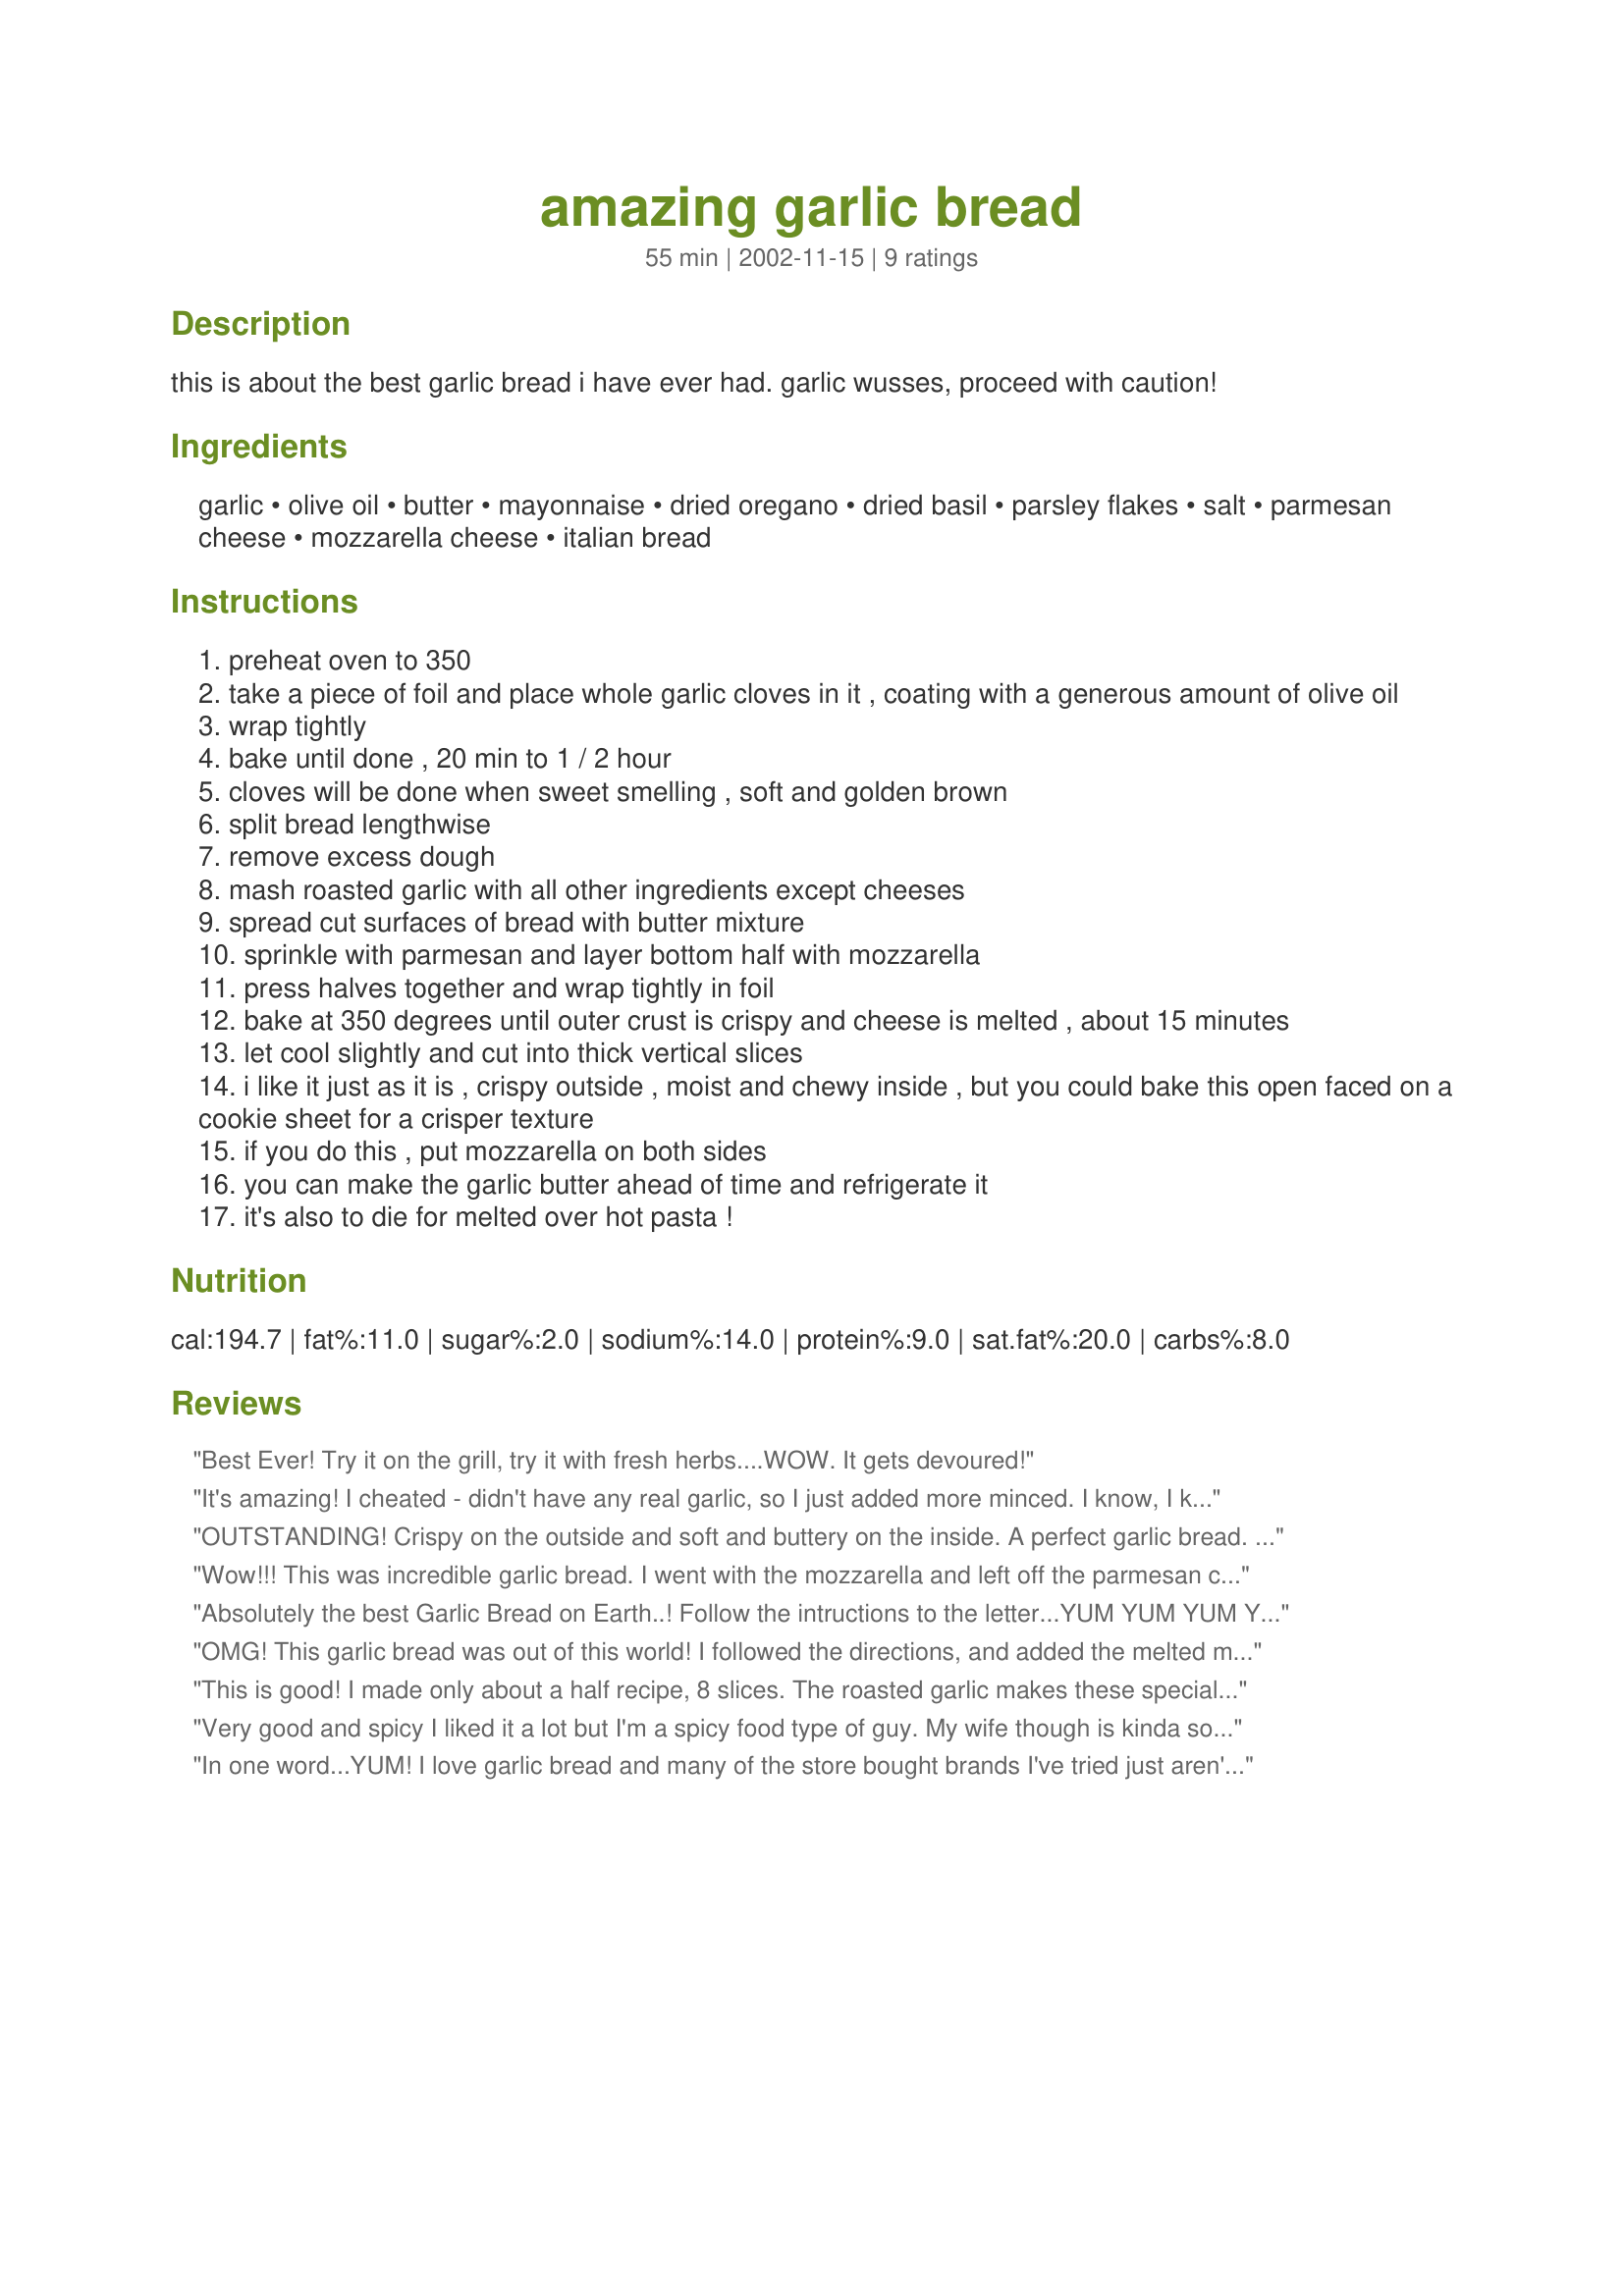
amazing garlic bread
Preparation time: 55 minutes

this is about the best garlic bread i have ever had. garlic wusses, proceed with caution!

Ingredients:
garlic, olive oil, butter, mayonnaise, dried oregano, dried basil, parsley flakes, salt, parmesan cheese, mozzarella cheese, italian bread

Steps:
preheat oven to 350
take a piece of foil and place whole garlic cloves in it , coating with a generous amount of olive oil
wrap tightly
bake until done , 20 min to 1 / 2 hour
cloves will be done when sweet smelling , soft and golden brown
split bread lengthwise
remove excess dough
mash roasted garlic with all other ingredients except cheeses
spread cut surfaces of bread with butter mixture
sprinkle with parmesan and layer bottom half with mozzarella
press halves together and wrap tightly in foil
bake at 350 degrees until outer crust is crispy and cheese is melted , about 15 minutes
let cool slightly and cut into thick vertical slices
i like it just as it is , crispy outside , moist and chewy inside , but you could bake this open faced on a cookie sheet for a crisper texture
if you do this , put mozzarella on both sides
you can make the garlic butter ahead of time and refrigerate it
it's also to die for melted over hot pasta !

Reviews:
Best Ever! Try it on the grill, try it with fresh herbs....WOW. It gets devoured!
It's amazing! I cheated - didn't have any real garlic, so I just added more minced. I know, I know, it must be even better with the roasted. I skipped the cheese, too. It was soooo good. DH and the kids loved it. We had extra slices for dessert. ;)
OUTSTANDING! Crispy on the outside and soft and buttery on the inside. A perfect garlic bread. We used mozzarella this time, but it would be delicious without it, too. I was worried the mayo would make it greasy....not at all. PERFECT!
Wow!!! This was incredible garlic bread. I went with the mozzarella and left off the parmesan cheese, and it came out just perfect. My hubby and I both thought it was the best garlic bread we have had. The roasted garlic added a wonderful dimension to it! Served it with Jo Mama's World Famous Spaghetti #22782, and we couldn't have dreamed of a more wonderful dinner. Thanks so much for this fantastic recipe!!
Absolutely the best Garlic Bread on Earth..! Follow the intructions to the letter...YUM YUM YUM YUM YUM!
OMG! This garlic bread was out of this world! I followed the directions, and added the melted mozzarella. My family and company said it was the most delicious garlic bread ever (and we LOVE garlic bread!). I roasted the garlic early in the day, and kept in saved at room temp. It saved me some time that evening. Super recipe!
This is good! I made only about a half recipe, 8 slices. The roasted garlic makes these special. I omitted the parmesean and just used mozzarella, which was very nice. I did bake open-faced on a cookie sheet and it turned out lovely, browned and crisp. I like that this gives you lots of freedom to make it how you like it. I've never had garlic bread with mayonnaise on it before, which makes it really lovely and moist. It doesn't taste so mayonnaise-y after its been heated, just a lovely buttery flavor. I also like the herbs. We usually just do garlic bread with olive oil, minced garlic and a sprinkle of salt, so this is a nice change- much richer, for sure! I am sure this would be a hit with the whole family, especially since you can adjust it to your personal taste. Served with White Bean Piccata #89516 for a great dinner. Thanks!
Very good and spicy I liked it a lot but I'm a spicy food type of guy. My wife though is kinda soft. Anywhoo the bread was great! If you are sensitive to cayenne pepper go easy on that.

OVERALL THIS IS A GREAT RECEPIE.
In one word...YUM! I love garlic bread and many of the store bought brands I've tried just aren't that good to me. This recipe was awesome, with or without the cheese! The garlic butter hardens up when you put it in the fridge - so I always make extra just to have on hand. It is also great on baked potatoes!
